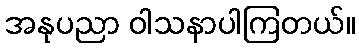
အနုပညာ ဝါသနာပါကြတယ်။